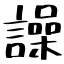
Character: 譟